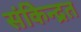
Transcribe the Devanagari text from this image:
संकेिन्द्रत